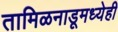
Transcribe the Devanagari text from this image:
तामिळनाडूमध्येही